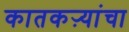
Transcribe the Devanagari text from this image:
कातकऱ्यांचा